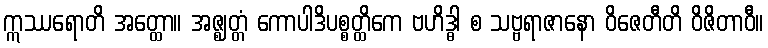
ဣဿရောတိ အတ္ထော။ အဇ္ဈတ္တံ ကောပါဒိပစ္စတ္ထိကေ ဗဟိဒ္ဓါ စ သဗ္ဗရာဇာနော ဝိဇေတီတိ ဝိဇိတာဝီ။